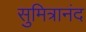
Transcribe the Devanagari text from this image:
सुमित्रानंद